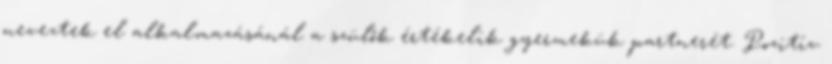
neveztek el alkalmazásánál a szülők értékelik gyermekük partnerét. Pozitív